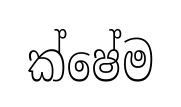
ක්ෂේම